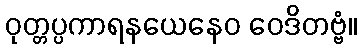
ဝုတ္တပ္ပကာရနယေနေဝ ဝေဒိတဗ္ဗံ။